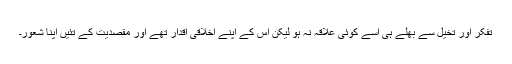
تفکر اور تخیل سے بھلے ہی اسے کوئی علاقہ نہ ہو لیکن اس کے اپنے اخلاقی اقدار تھے اور مقصدیت کے تئیں اپنا شعور۔